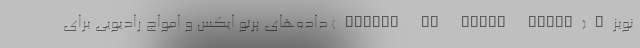
نویز"(Signal to Noise ratio) داده‌های پرتو ایکس و امواج رادیویی برای